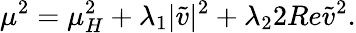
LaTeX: \mu^{2}=\mu_{H}^{2}+\lambda_{1}|\tilde{v}|^{2}+\lambda_{2}2Re\tilde{v}^{2}.